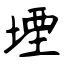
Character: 堙